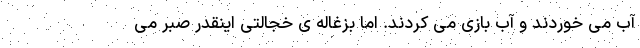
آب می خوردند و آب بازی می کردند. اما بزغاله ی خجالتی اینقدر صبر می